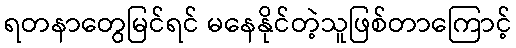
ရတနာတွေမြင်ရင် မနေနိုင်တဲ့သူဖြစ်တာကြောင့်